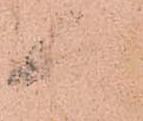
人